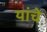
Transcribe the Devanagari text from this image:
यांचेेेे